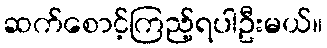
ဆက်စောင့်ကြည့်ရပါဦးမယ်။